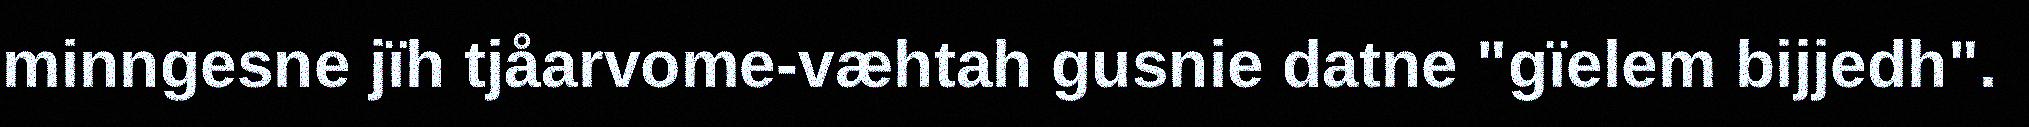
minngesne jïh tjåarvome-væhtah gusnie datne "gïelem bijjedh".